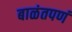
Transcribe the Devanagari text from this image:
बाळंतपणं